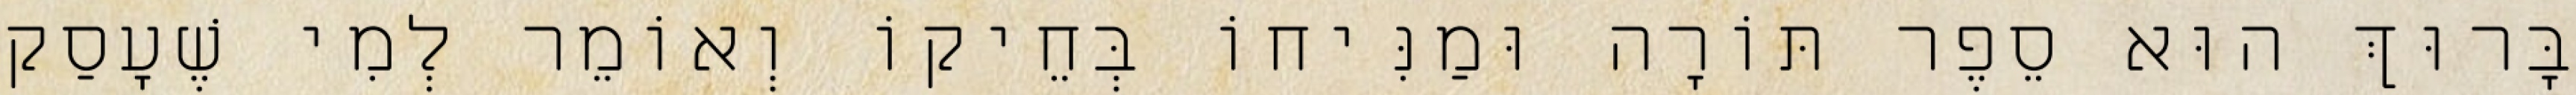
בָּרוּךְ הוּא סֵפֶר תּוֹרָה וּמַנִּיחוֹ בְּחֵיקוֹ וְאוֹמֵר לְמִי שֶׁעָסַק